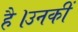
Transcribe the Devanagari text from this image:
है।उनकीं